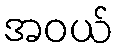
အဝယ်